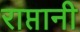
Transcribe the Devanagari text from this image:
राप्तानी